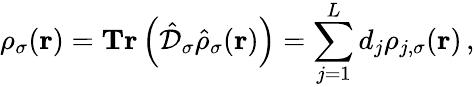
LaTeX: \rho_{\sigma}(\boldsymbol{\textbf{r}})=\textbf{Tr}\left(\hat{\mathcal{D}}_{\sigma}\hat{\rho}_{\sigma}(\boldsymbol{\textbf{r}})\right)=\sum_{j=1}^{L}d_{j}\rho_{j,\sigma}(\boldsymbol{\textbf{r}})\, ,